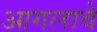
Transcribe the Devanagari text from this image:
आगलावे